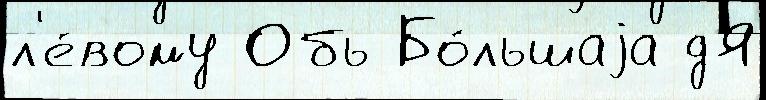
л'е́вому Обь Бо́льшаjа дЯ